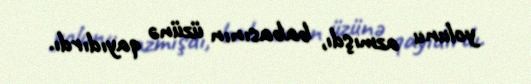
yolunu azmışdı, babasının üzünə qayıdırdı.